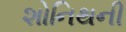
શોનિથની